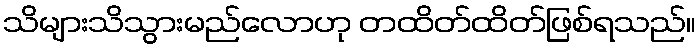
သိများသိသွားမည်လောဟု တထိတ်ထိတ်ဖြစ်ရသည်။